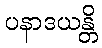
ပနာဒယန္တိ